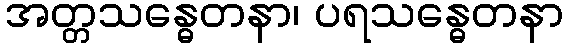
အတ္တသန္ဓေတနာ၊ ပရသန္ဓေတနာ